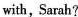
with, Sarah?